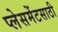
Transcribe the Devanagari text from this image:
प्लेसमेंटसाठी